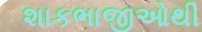
શાકભાજીઓથી